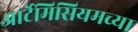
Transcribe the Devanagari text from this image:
आर्टेमिसियमच्या